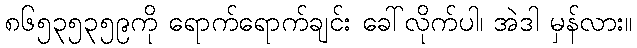
၈၆၅၃၅၃၅၉ကို ရောက်ရောက်ချင်း ခေါ်လိုက်ပါ၊ အဲဒါ မှန်လား။